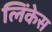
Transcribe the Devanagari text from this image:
लिंकेस